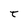
Character: t